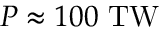
P \approx 1 0 0 \ \mathrm { T W }